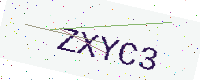
Text: ZXYC3